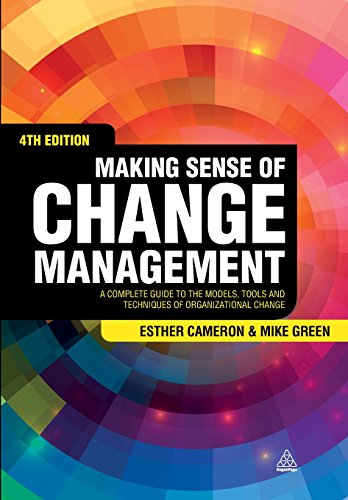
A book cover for Making Sense of Change Management: A Complete Guide to the Models, Tools and Techniques of Organizational Change; Esther Cameron; Medical Books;